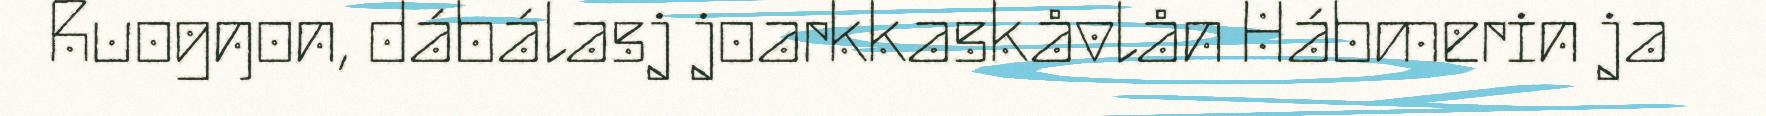
Ruogŋon, dábálasj joarkkaskåvlån Hábmerin ja